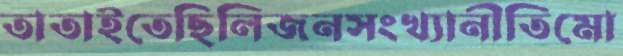
তাতাইতেছিলিজনসংখ্যানীতিমো